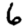
Digit: 6